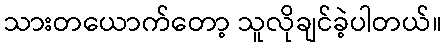
သားတယောက်တော့ သူလိုချင်ခဲ့ပါတယ်။